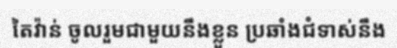
តៃវ៉ាន់ ចូលរួមជាមួយនឹងខ្លួន ប្រឆាំងជំទាស់នឹង